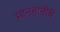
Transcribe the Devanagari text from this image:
मानहानीचे